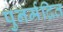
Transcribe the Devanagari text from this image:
पुनर्मद्रित